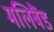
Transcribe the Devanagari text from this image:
मलिबैंड